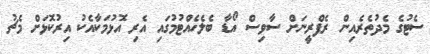
ސެޓުގެ މެދުތެރެއިން ރެފްރީނަށް ސާވިސް އޯޑާ ބެލެހެއްޓުމުގައި އެރި އޮޅުމަކާއެކު އިރުކޮޅަށް މެޗު